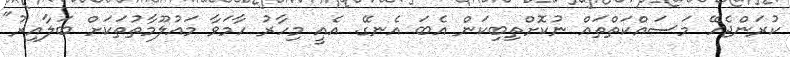
ކުރަންޖެހޭ މަސައްކަތްތައް ނުކޮށްތިބިކަން އެބަ އެނގޭ. އެއީ މިހާރު ހާމަވާ މައުލޫމާތުތަކަށް ބަލާއިރު"